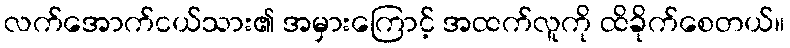
လက်အောက်ငယ်သား၏ အမှားကြောင့် အထက်လူကို ထိခိုက်စေတယ်။